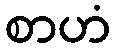
စာဟံ